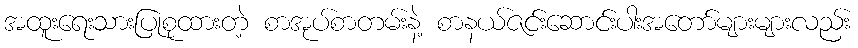
အထူးရေးသားပြုစုထားတဲ့ စာအုပ်စာတမ်းနဲ့ စာနယ်ဇင်းဆောင်းပါးအတော်များများလည်း